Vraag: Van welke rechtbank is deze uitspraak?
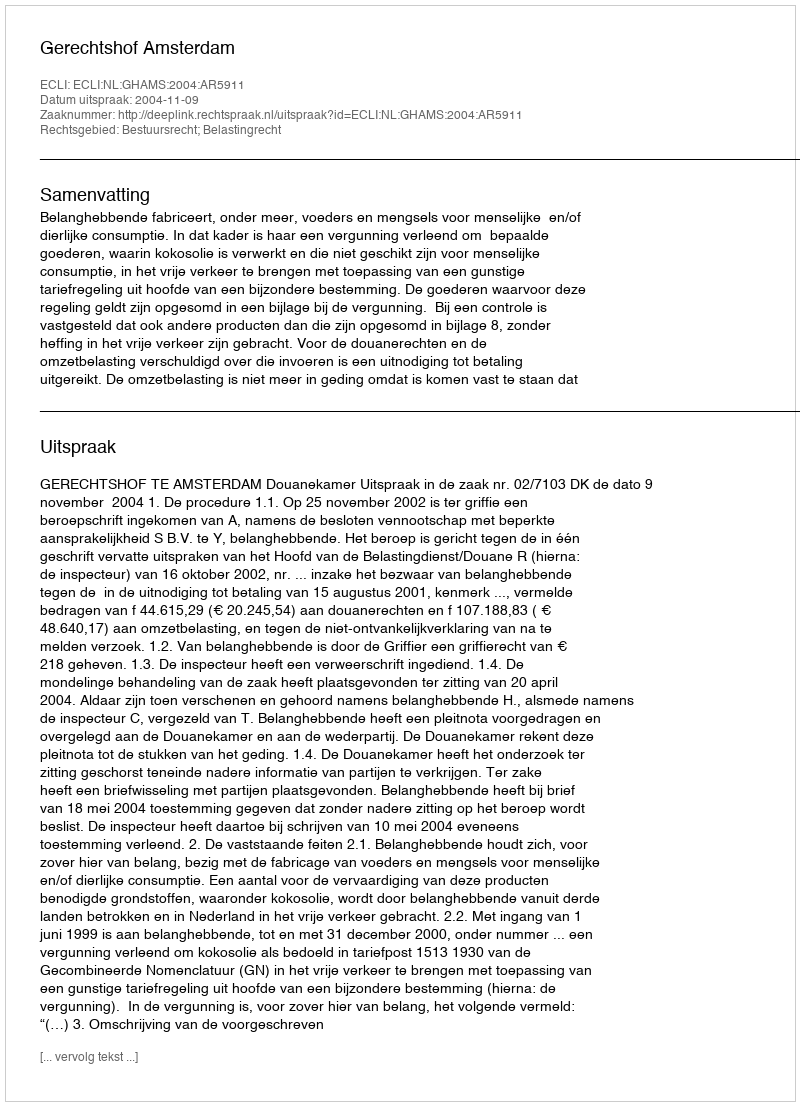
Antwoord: Gerechtshof Amsterdam